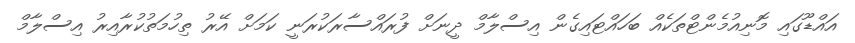
އައްޑޫގައި މޮނިއުމެންޓްތަކެއް ބަހައްޓައިގެން އިސްލާމް ދީނަށް ފުރައްސާރަކުރަނީ ކަމަށް އޭރު ތިހުމަތުކުރާއިރު އިސްލާމް